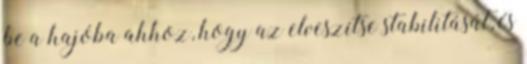
be a hajóba ahhoz, hogy az elveszítse stabilitását, és